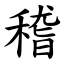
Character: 稽